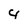
Character: 4